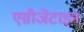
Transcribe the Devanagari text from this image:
एग्रीजेंटाइन